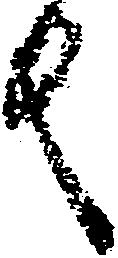
反